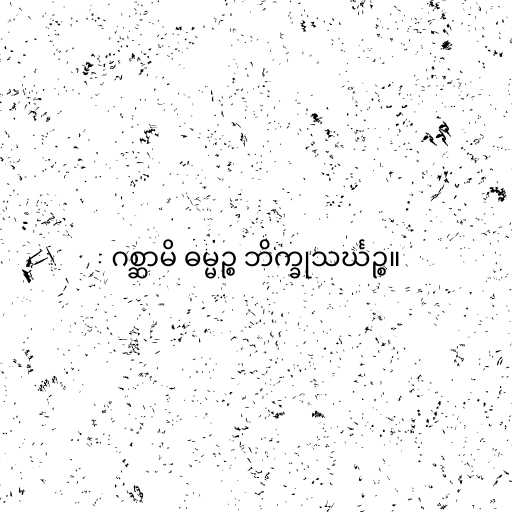
ဂစ္ဆာမိ ဓမ္မဉ္စ ဘိက္ခုသင်္ဃဉ္စ။